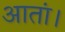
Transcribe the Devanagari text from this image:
आतां।